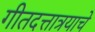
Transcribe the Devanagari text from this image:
गीतदत्तात्रयाचे